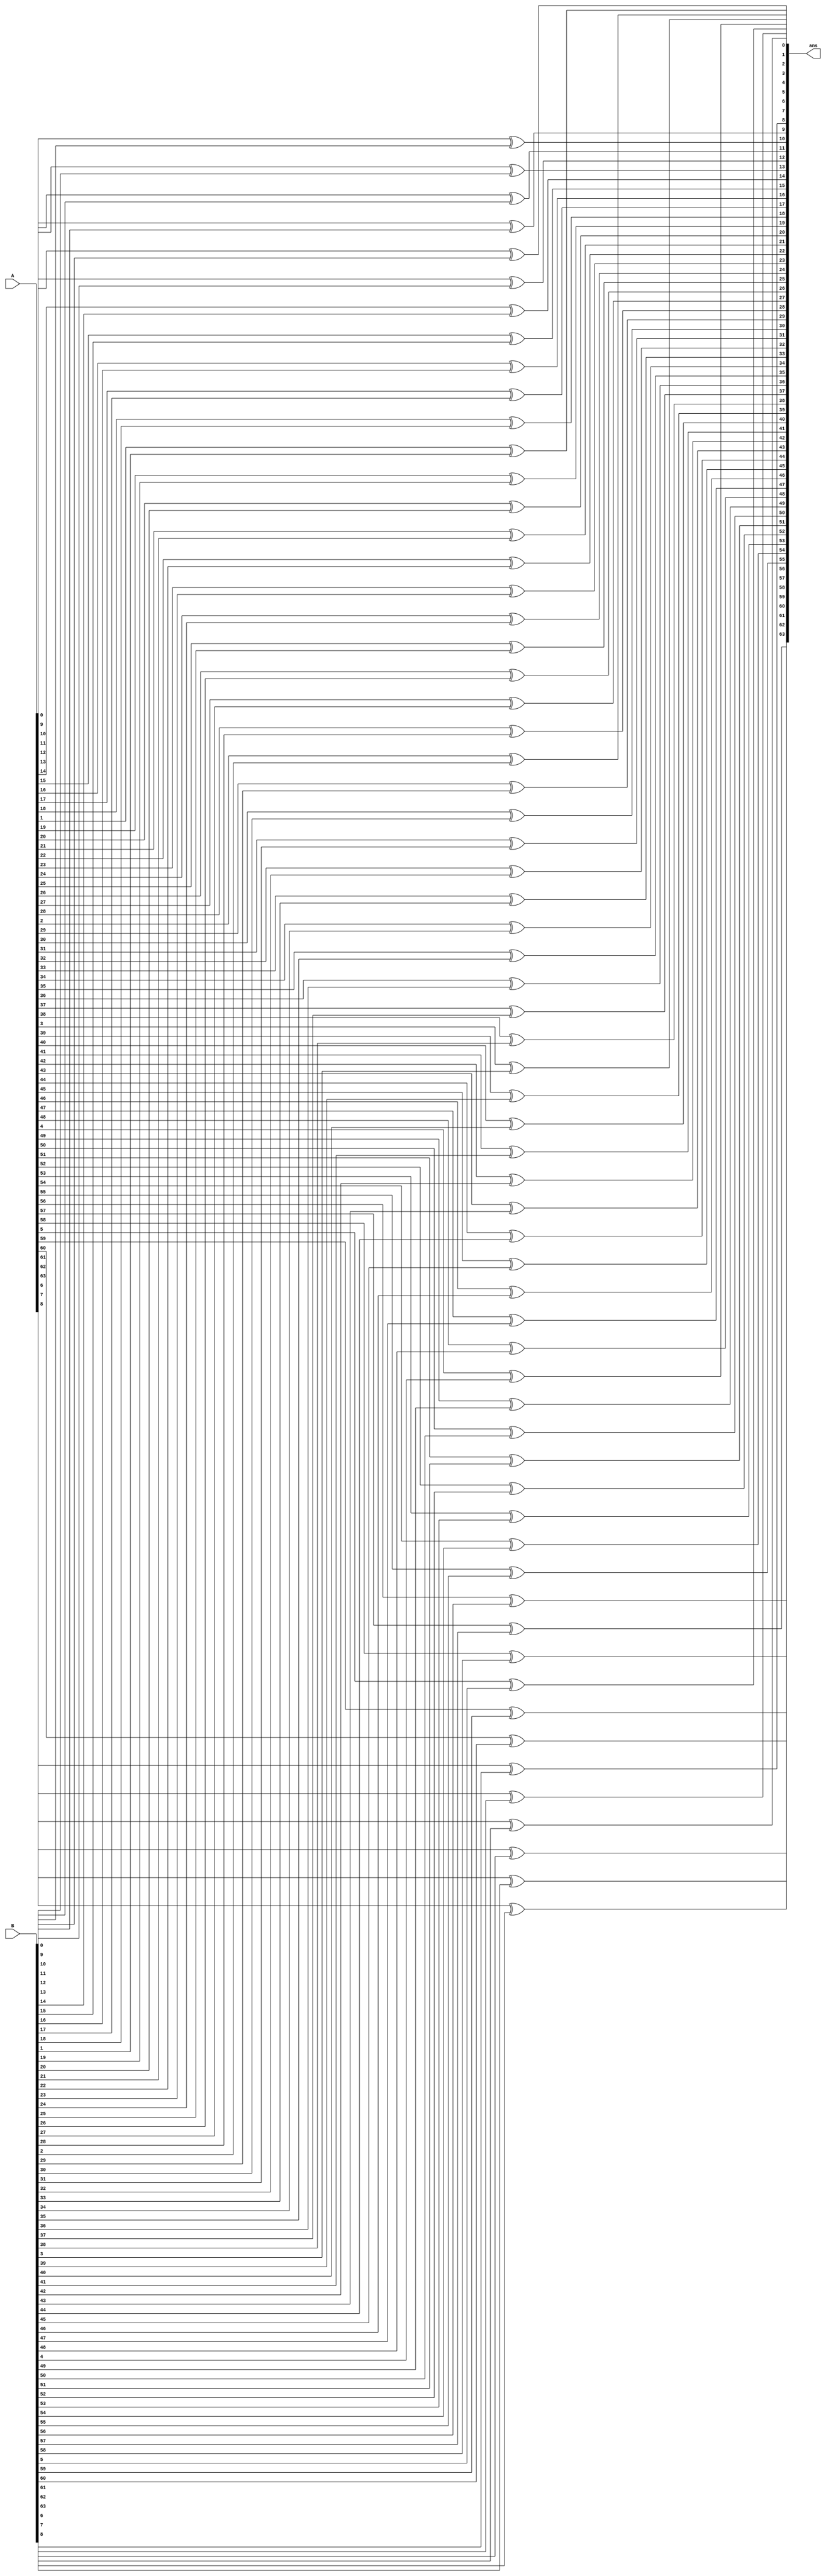
`timescale 1ns/10ps



module bit64_xor (ans,A,B);

input signed  [63:0] A;
input signed [63:0] B;
output signed [63:0] ans;





genvar i;

   generate for(i = 0; i < 64; i = i + 1)
    begin
        xor inst1(ans[i],A[i],B[i]);
    end
    
   endgenerate 




endmodule